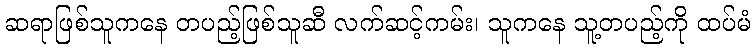
ဆရာဖြစ်သူကနေ တပည့်ဖြစ်သူဆီ လက်ဆင့်ကမ်း၊ သူကနေ သူ့တပည့်ကို ထပ်မံ